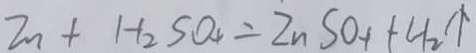
Z n + H _ { 2 } S O _ { 4 } = Z n S O _ { 4 } + H _ { 2 } \uparrow